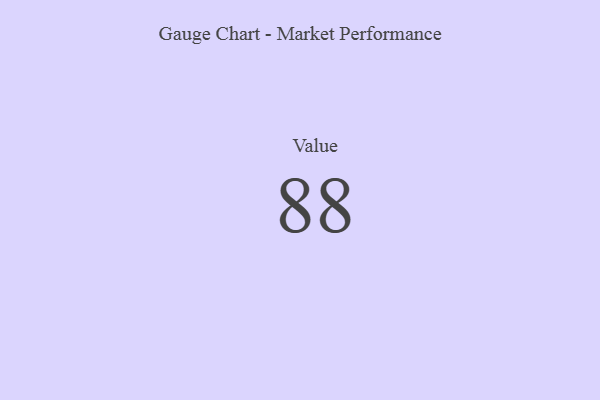
{"axis": {"x": "Metric", "y": "Value"}, "legend": [""], "data": [{"x": "Value", "y": 88, "type": ""}]}